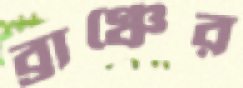
ব্রাঞ্চের